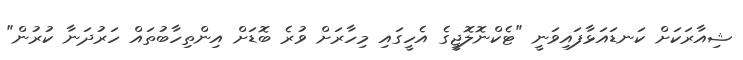
ޝިއާރަކަށް ކަނޑައަޅާފައިވަނީ "ޓެކްނޮލޮޖީގެ އެހީގައި މިހާރަށް ވުރެ ބޮޑަށް އިންތިހާބުތައް ހަރުދަނާ ކުރުން"